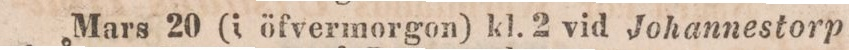
Mars 20 (i öfvermorgon) kl. 2 vid Johannestorp